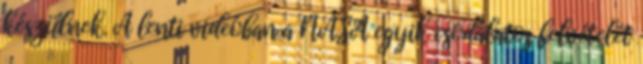
készülnek. A lenti videóban a NASA egyik csodálatos felvételét